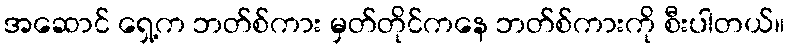
အဆောင် ရှေ့က ဘတ်စ်ကား မှတ်တိုင်ကနေ ဘတ်စ်ကားကို စီးပါတယ်။